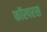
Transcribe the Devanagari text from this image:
फॉस्परस